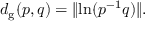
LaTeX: d _ { \mathrm { g } } ( p , q ) = \lVert \ln ( p ^ { - 1 } q ) \rVert .